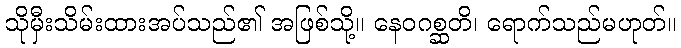
သိုမှီးသိမ်းထားအပ်သည်၏ အဖြစ်သို့။ နေဝဂစ္ဆတိ၊ ရောက်သည်မဟုတ်။